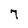
Character: 7